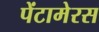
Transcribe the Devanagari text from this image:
पेंटामेरस